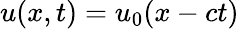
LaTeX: u(x,t)=u_{0}(x-ct)